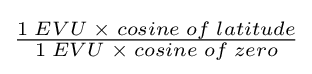
{\begin{matrix}{\frac {1\;EVU\;\times \;cosine\;of\;latitude}{1\;EVU\;\times \;cosine\;of\;zero}}\end{matrix}}